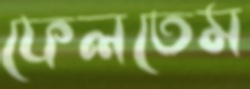
ফেলতেম